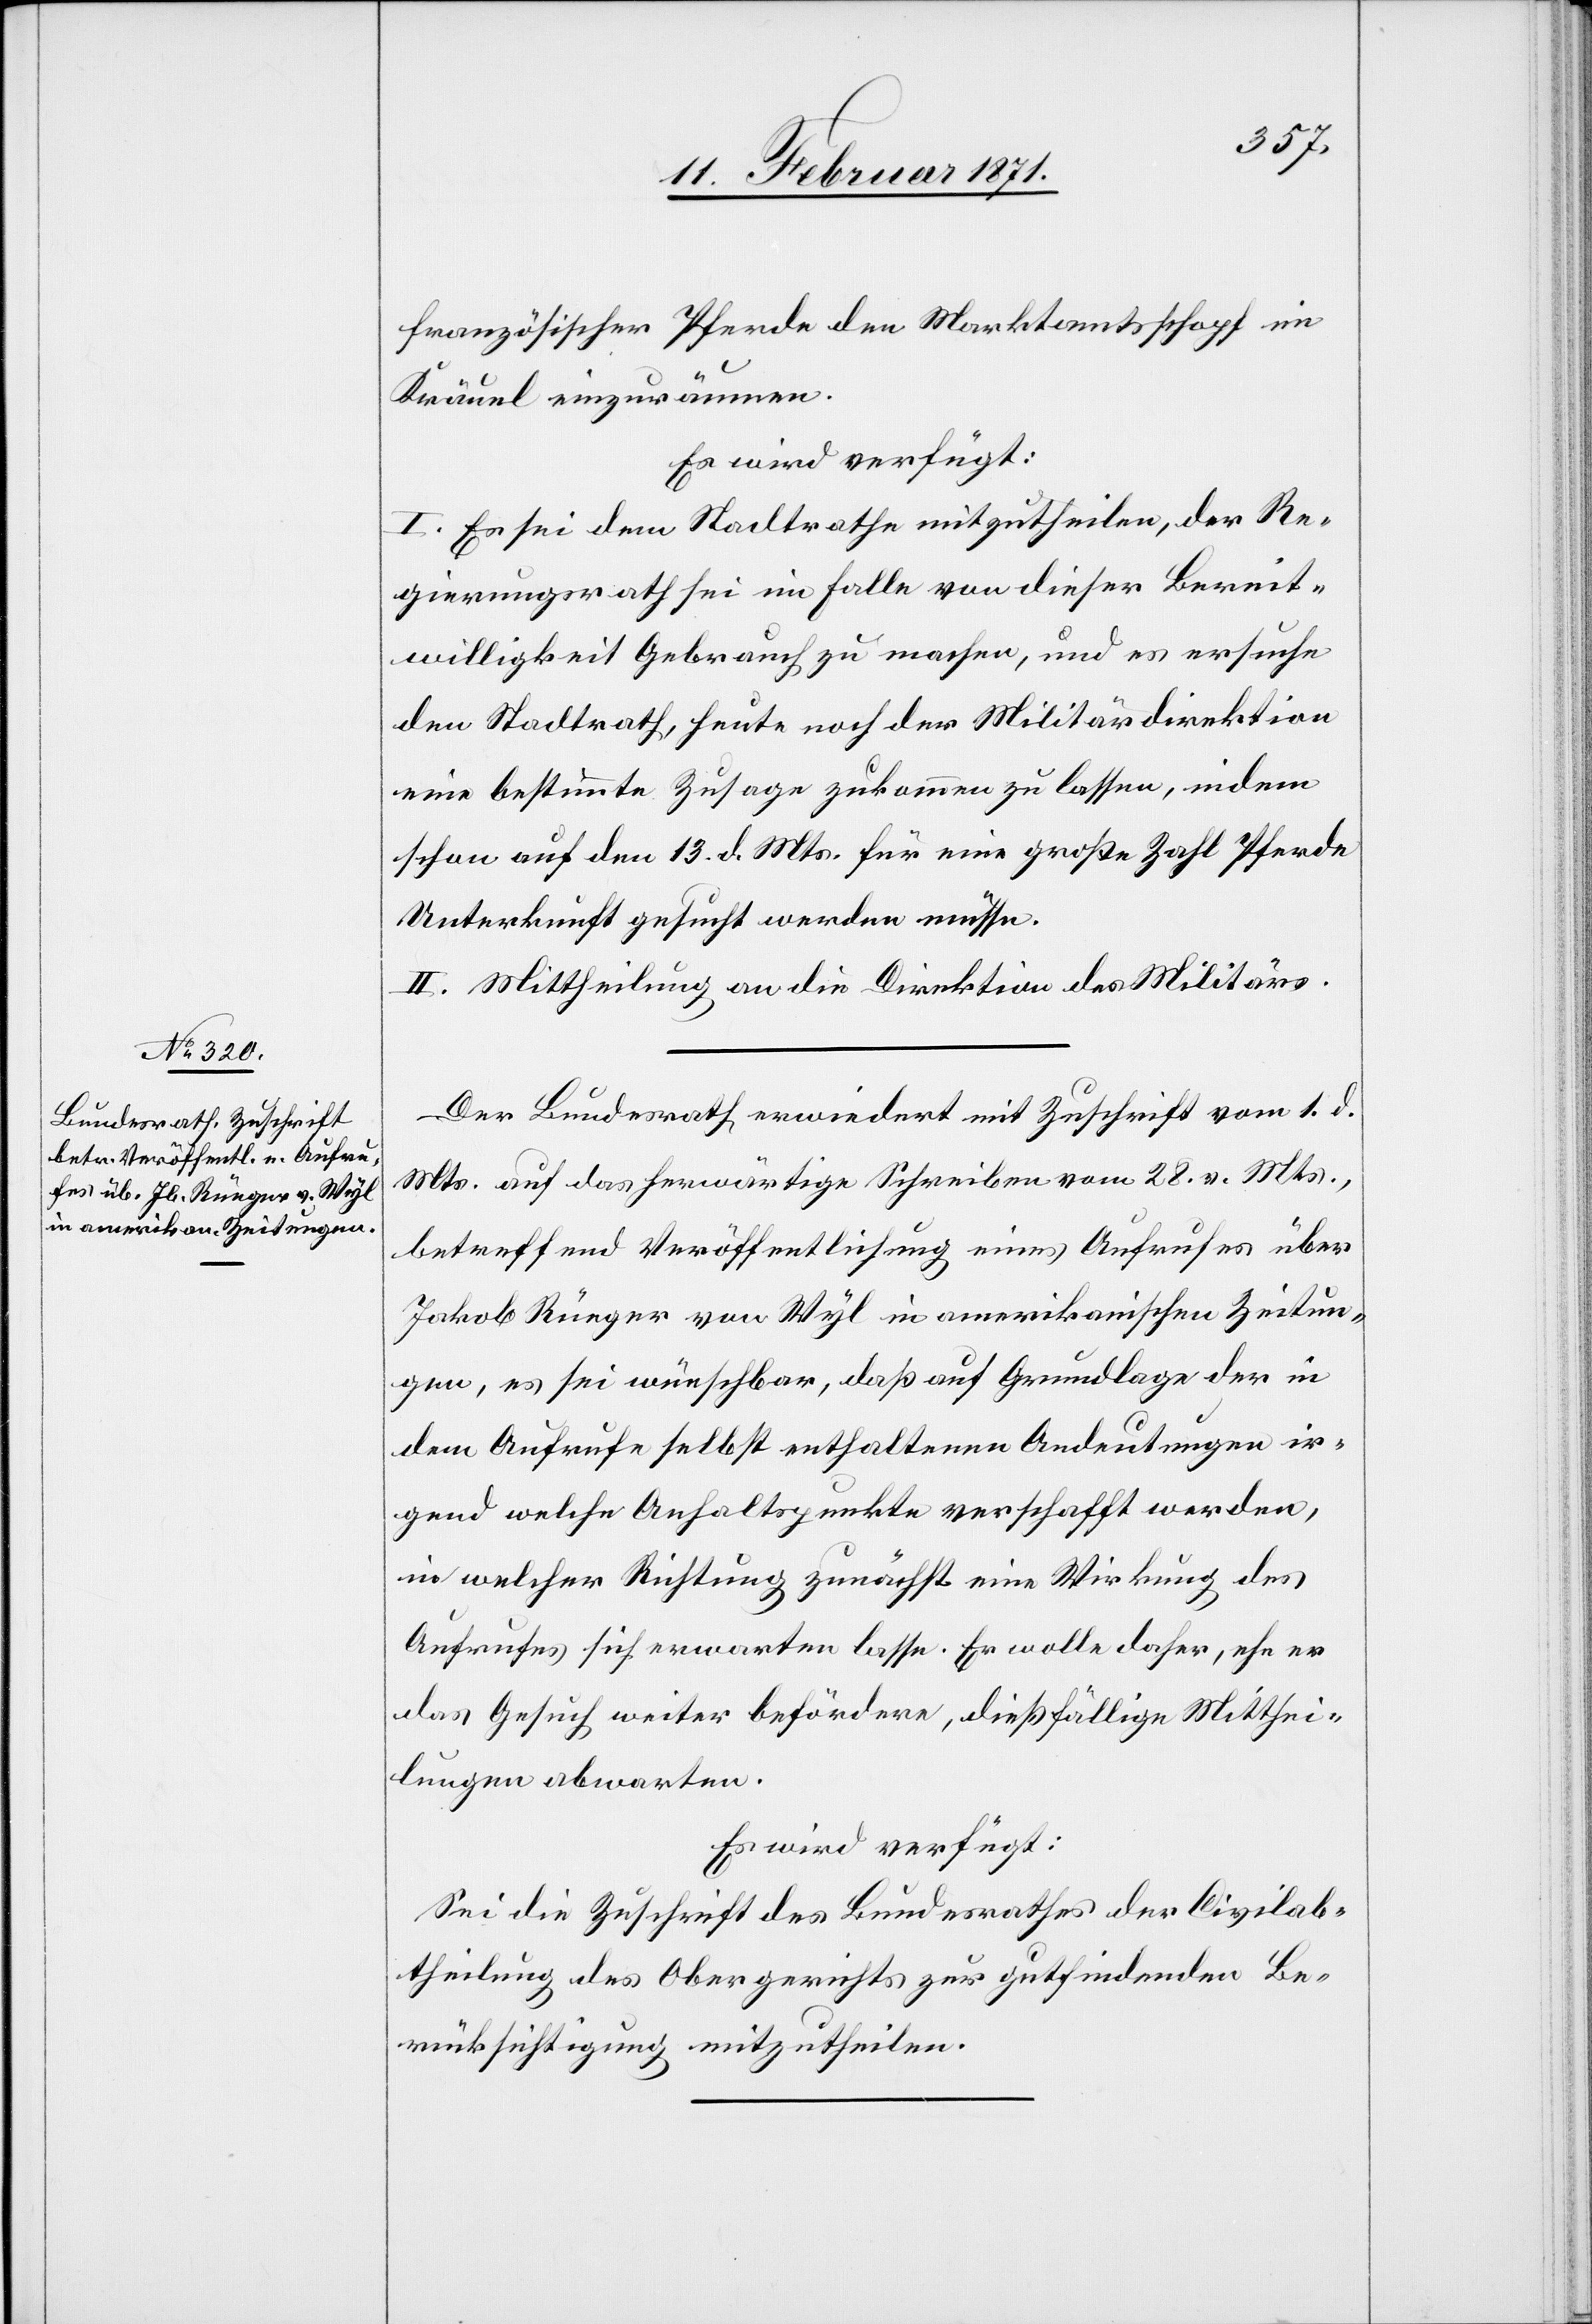
11. Februar 1871.]
französischer Pferde den Marktamtsschopf im
Kräuel einzuräumen.
Es wird verfügt:
I. Es sei dem Stadtrathe mitzutheilen, der Re¬
gierungsrath sei im Falle von dieser Bereit¬
willigkeit Gebrauch zu machen, und es ersuche
den Stadtrath, heute noch der Militärdirektion
eine bestimmte Zusage zukommen zu lassen, indem
schon auf den 13. d. Mts. für eine große Zahl Pferde
Unterkunft gesucht werden müsse.
II. Mittheilung an die Direktion des Militärs.
Der Bundesrath erwiedert mit Zuschrift vom 1. d.
Mts. auf das herwärtige Schreiben vom 28. v. Mts.,
betreffend Veröffentlichung eines Aufrufes über
Jakob Rüeger von Wyl in amerikanischen Zeitun¬
gen, es sei wünschbar, daß auf Grundlage der in
dem Aufrufe selbst enthaltene Andeutungen ir¬
gend welche Anhaltspunkte verschafft werden,
in welcher Richtung zunächst eine Wirkung des
Aufrufes sich erwarten lasse. Er wolle daher, ehe er
das Gesuch weiter befördere, dießfällige Mitthei¬
lungen abwarten.
Es wird verfügt:
Sei die Zuschrift des Bundesrathes der Civilab¬
theilung des Obergerichts zur gutfindenden Be¬
rücksichtigung mitzutheilen.